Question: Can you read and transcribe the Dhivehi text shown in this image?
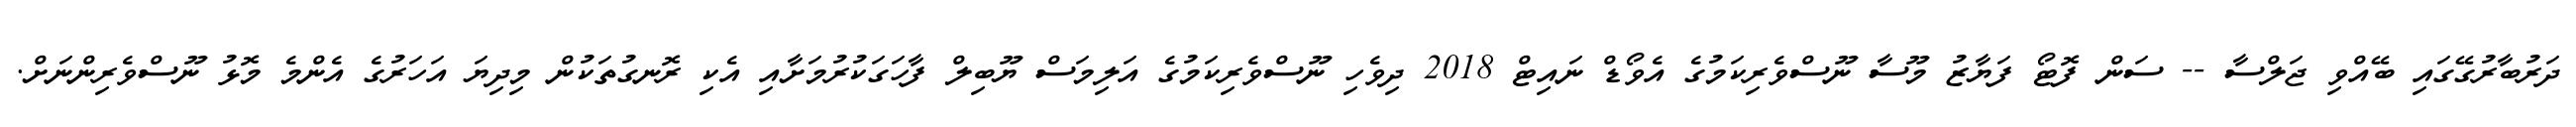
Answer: ދަރުބާރުގޭގައި ބޭއްވި ޖަލްސާ -- ސަން ފޮޓޯ ފަޔާޒު މޫސާ ނޫސްވެރިކަމުގެ އެވޯޑް ނައިޓް 2018 ދިވެހި ނޫސްވެރިކަމުގެ އަލިމަސް ޔޫބިލް ފާހަގަކުރުމަށާއި އެކި ރޮނގުތަކުން މިދިޔަ އަހަރުގެ އެންމެ މޮޅު ނޫސްވެރިންނަށް.